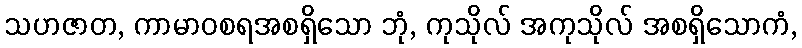
သဟဇာတ, ကာမာဝစရအစရှိသော ဘုံ, ကုသိုလ် အကုသိုလ် အစရှိသောကံ,